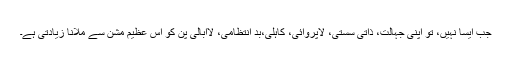
جب ایسا نہیں، تو اپنی جہالت، ذاتی سستی، لاپروائی، کاہلی،بد انتظامی، لاابالی پن کو اس عظیم مشن سے ملانا زیادتی ہے۔